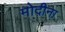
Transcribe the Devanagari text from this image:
मोदीना